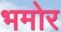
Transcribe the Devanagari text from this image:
भमोर